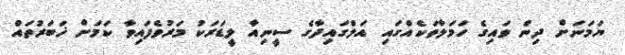
ޔަމަނަށް ދިން ވައިގެ ހަމަލާތަކެެއްގައި އަލްގައިދާގެ ސީނިއާ ލީޑަރަކު މަރުވެފައިވާ ކަމަށް ޚަބަރުތައް